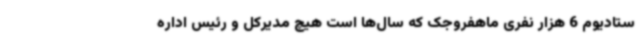
ستادیوم 6 هزار نفری ماهفروجک که سال‌ها است هیچ مدیرکل و رئیس اداره